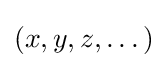
(x,y,z,\dots )